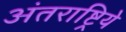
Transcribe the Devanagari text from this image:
अंतराष्ट्रिये